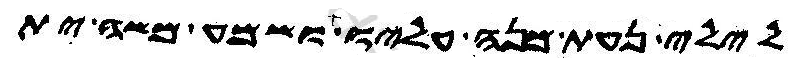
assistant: לילי נעת מנה עליו ושמע משה ית